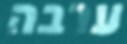
ערבה